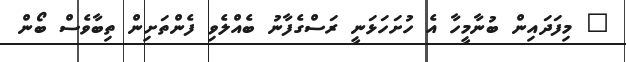
" މިފަދައިން ބުނާމީހާ އެ ހުށަހަޅަނީ ރަސްގެފާނު ބެއްލެވި ފެންތަށިން ތިބާވެސް ބޯން